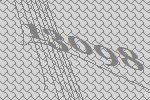
13098